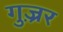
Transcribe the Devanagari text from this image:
गुज़्रर